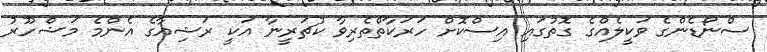
ސްނޯޑެންގެ ވަކީލެއްގެ ގޮތުގައި އިސްކޮށް ހަރަކާތްތެރިވާ ކުޗަރީނާ އަކީ ރަޝިއާގެ އެންމެ މަޝްހޫރު